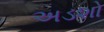
અડશો